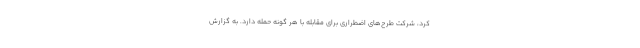
کرد، شرکت طرح‌های اضطراری برای مقابله با هر گونه حمله دارد. به گزارش